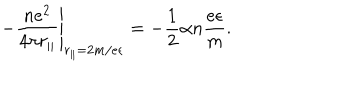
LaTeX: \left. - \frac { n e ^ { 2 } } { 4 \pi r _ { \Vert } } \right\vert _ { r _ { \Vert } = 2 m / e \epsilon } = - \frac 1 2 \alpha n \frac { e \epsilon } { m } .